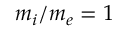
m _ { i } / m _ { e } = 1